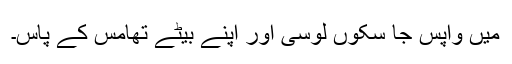
میں واپس جا سکوں لوسی اور اپنے بیٹے تھامس کے پاس۔